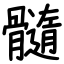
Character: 髓